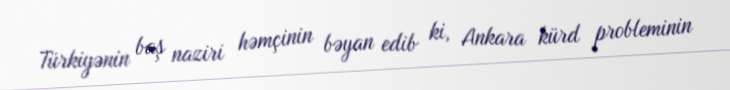
Türkiyənin baş naziri həmçinin bəyan edib ki, Ankara kürd probleminin